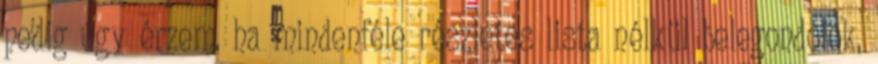
pedig úgy érzem, ha mindenféle részletes lista nélkül belegondolok,